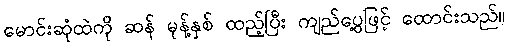
မောင်းဆုံထဲကို ဆန် မုန့်နှစ် ထည့်ပြီး ကျည်ပွေ့ဖြင့် ထောင်းသည်။